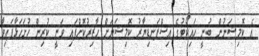
އެ ކޮމިޝަނުން ބުނީ ހައިކޯޓުގެ އިސްފަނޑިޔާރު ކޮމިޝަނަށް ހާޒިރުކޮށްފައި ވަނީ ކުރިން ހުށަހަޅާފައިވާ